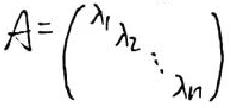
\[
A=\begin{pmatrix}
\lambda_1 & & \\
& \lambda_2 & \\
& & \ddots & \\
& & & \lambda_n
\end{pmatrix}
\]